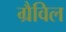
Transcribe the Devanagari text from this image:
ग्रैविल